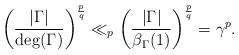
LaTeX: \begin{align*}\left(\frac{|\Gamma|}{\deg(\Gamma)}\right)^\frac pq\ll_p\left(\frac{|\Gamma|}{\beta_\Gamma(1)}\right)^\frac pq=\gamma^p.\end{align*}